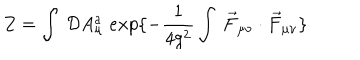
LaTeX: Z = \int \: { \cal D } A _ { \mu } ^ { a } \; e x p \{ - \frac { 1 } { 4 g ^ { 2 } } \int \: \vec { F } _ { \mu \nu } \cdot \vec { F } _ { \mu \nu } \}